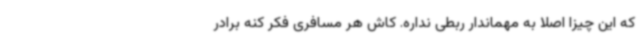
که این چیزا اصلا به مهماندار ربطی نداره. کاش هر مسافری فکر کنه برادر